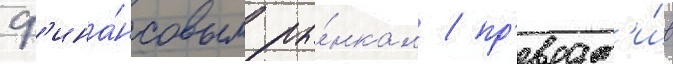
ф'ина́нсовым ры́нкам / пр'еврат'и́в